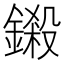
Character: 鎩